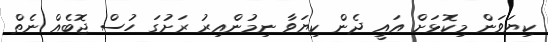
ކިޔަވަން މިކޮޅަށް އައީ ދެން ކިޔަވާ ނިމުންއިރު ރަށުގަ ހުސް ޖޮބެއް ނެތް